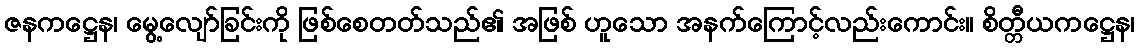
ဇနကဋ္ဌေန၊ မွေ့လျော်ခြင်းကို ဖြစ်စေတတ်သည်၏ အဖြစ် ဟူသော အနက်ကြောင့်လည်းကောင်း။ စိတ္တီယကဋ္ဌေန၊